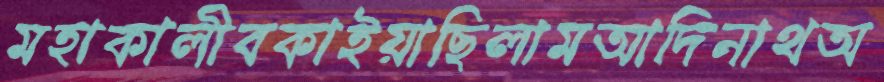
মহাকালীবকাইয়াছিলামআদিনাথঅ